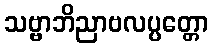
သဗ္ဗာဘိညာဗလပ္ပတ္တော